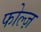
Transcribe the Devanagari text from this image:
फोल्ज़